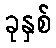
ခုနှစ်